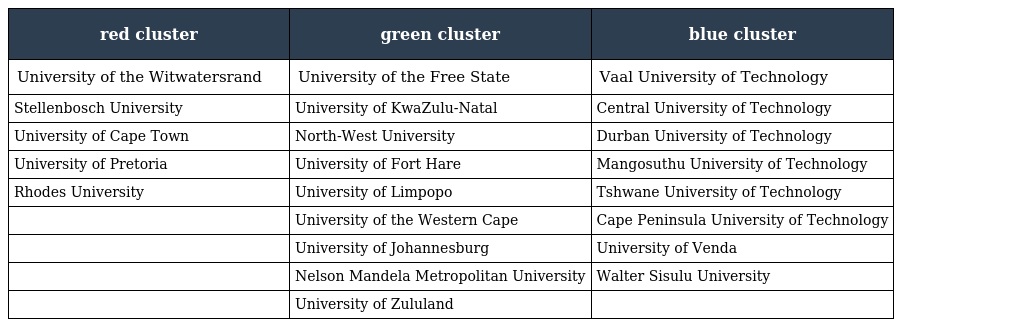
| red cluster | green cluster | blue cluster |
 | --- | --- | --- |
 | University of the Witwatersrand | University of the Free State | Vaal University of Technology |
 | Stellenbosch University | University of KwaZulu-Natal | Central University of Technology |
 | University of Cape Town | North-West University | Durban University of Technology |
 | University of Pretoria | University of Fort Hare | Mangosuthu University of Technology |
 | Rhodes University | University of Limpopo | Tshwane University of Technology |
 |  | University of the Western Cape | Cape Peninsula University of Technology |
 |  | University of Johannesburg | University of Venda |
 |  | Nelson Mandela Metropolitan University | Walter Sisulu University |
 |  | University of Zululand |  |